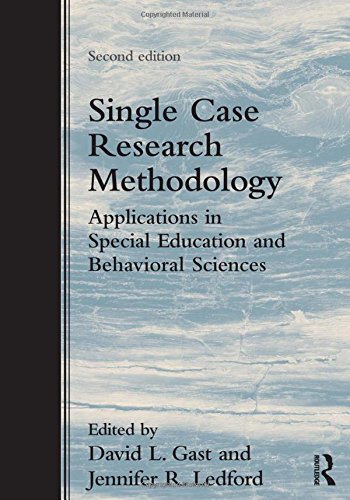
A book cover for Single Case Research Methodology: Applications in Special Education and Behavioral Sciences; Education & Teaching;